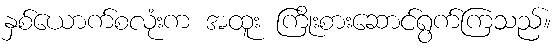
နှစ်ယောက်စလုံးက အထူး ကြိုးစားဆောင်ရွက်ကြသည်။